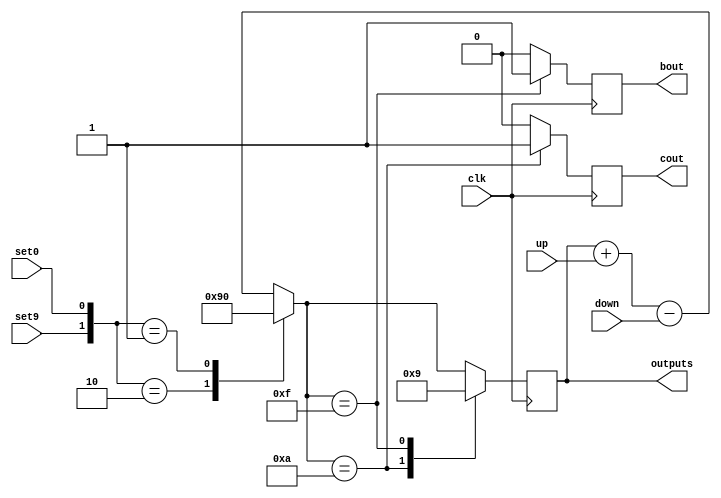
`timescale 1ns / 1ns
//////////////////////////////////////////////////////////////////////////////////
// Company: 
// Engineer: 
// 
// Design Name: 
// Module Name: bcd
// Project Name: 
// Target Devices: 
// Tool Versions: 
// Description: 
// 
// Dependencies: 
// 
// Revision:
// Revision 0.01 - File Created
// Additional Comments:
// 
//////////////////////////////////////////////////////////////////////////////////


module bcd(
    output reg[3:0] outputs,
    output reg cout,
    output reg bout,
    input wire up, down, set9, set0, clk
    );
    
initial outputs = 0;


always@(posedge clk)
begin 
    cout = 0;
    bout = 0;
    outputs = outputs + up;
    outputs = outputs - down;
    
    case({set9, set0})
        2'b10: outputs = 9;
        2'b01: outputs = 0;
    endcase
    case(outputs)
        4'b1010: // A overflow
            begin
                outputs = 0;
                cout = 1;
            end 
        4'b1111: // F underflow
            begin
                outputs = 9; 
                bout = 1;
            end
    endcase
end

endmodule